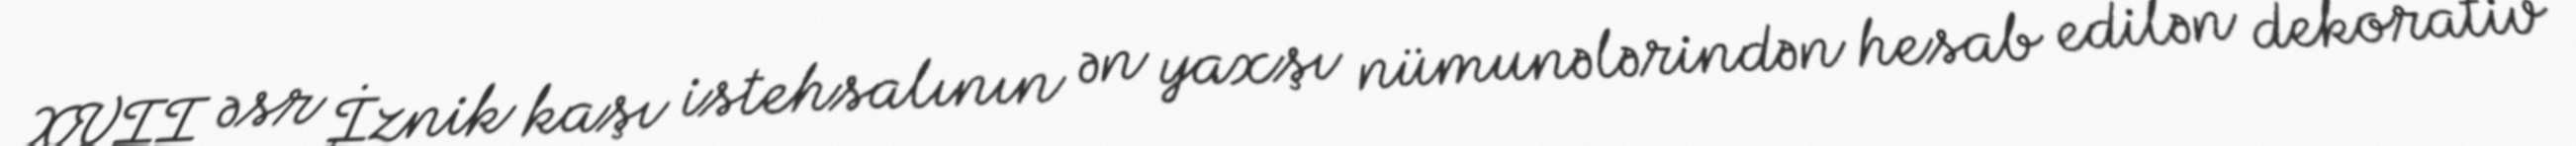
XVII əsr İznik kaşı istehsalının ən yaxşı nümunələrindən hesab edilən dekorativ